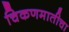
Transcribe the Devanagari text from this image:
चिकणमातीचा